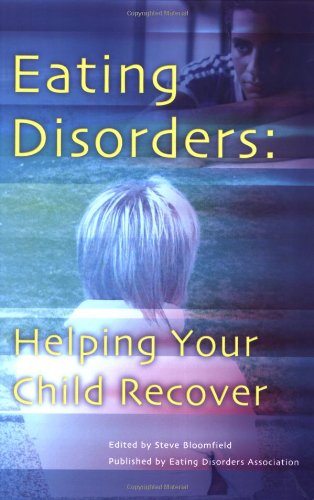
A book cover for Eating Disorders: Helping Your Child Recover; Health, Fitness & Dieting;